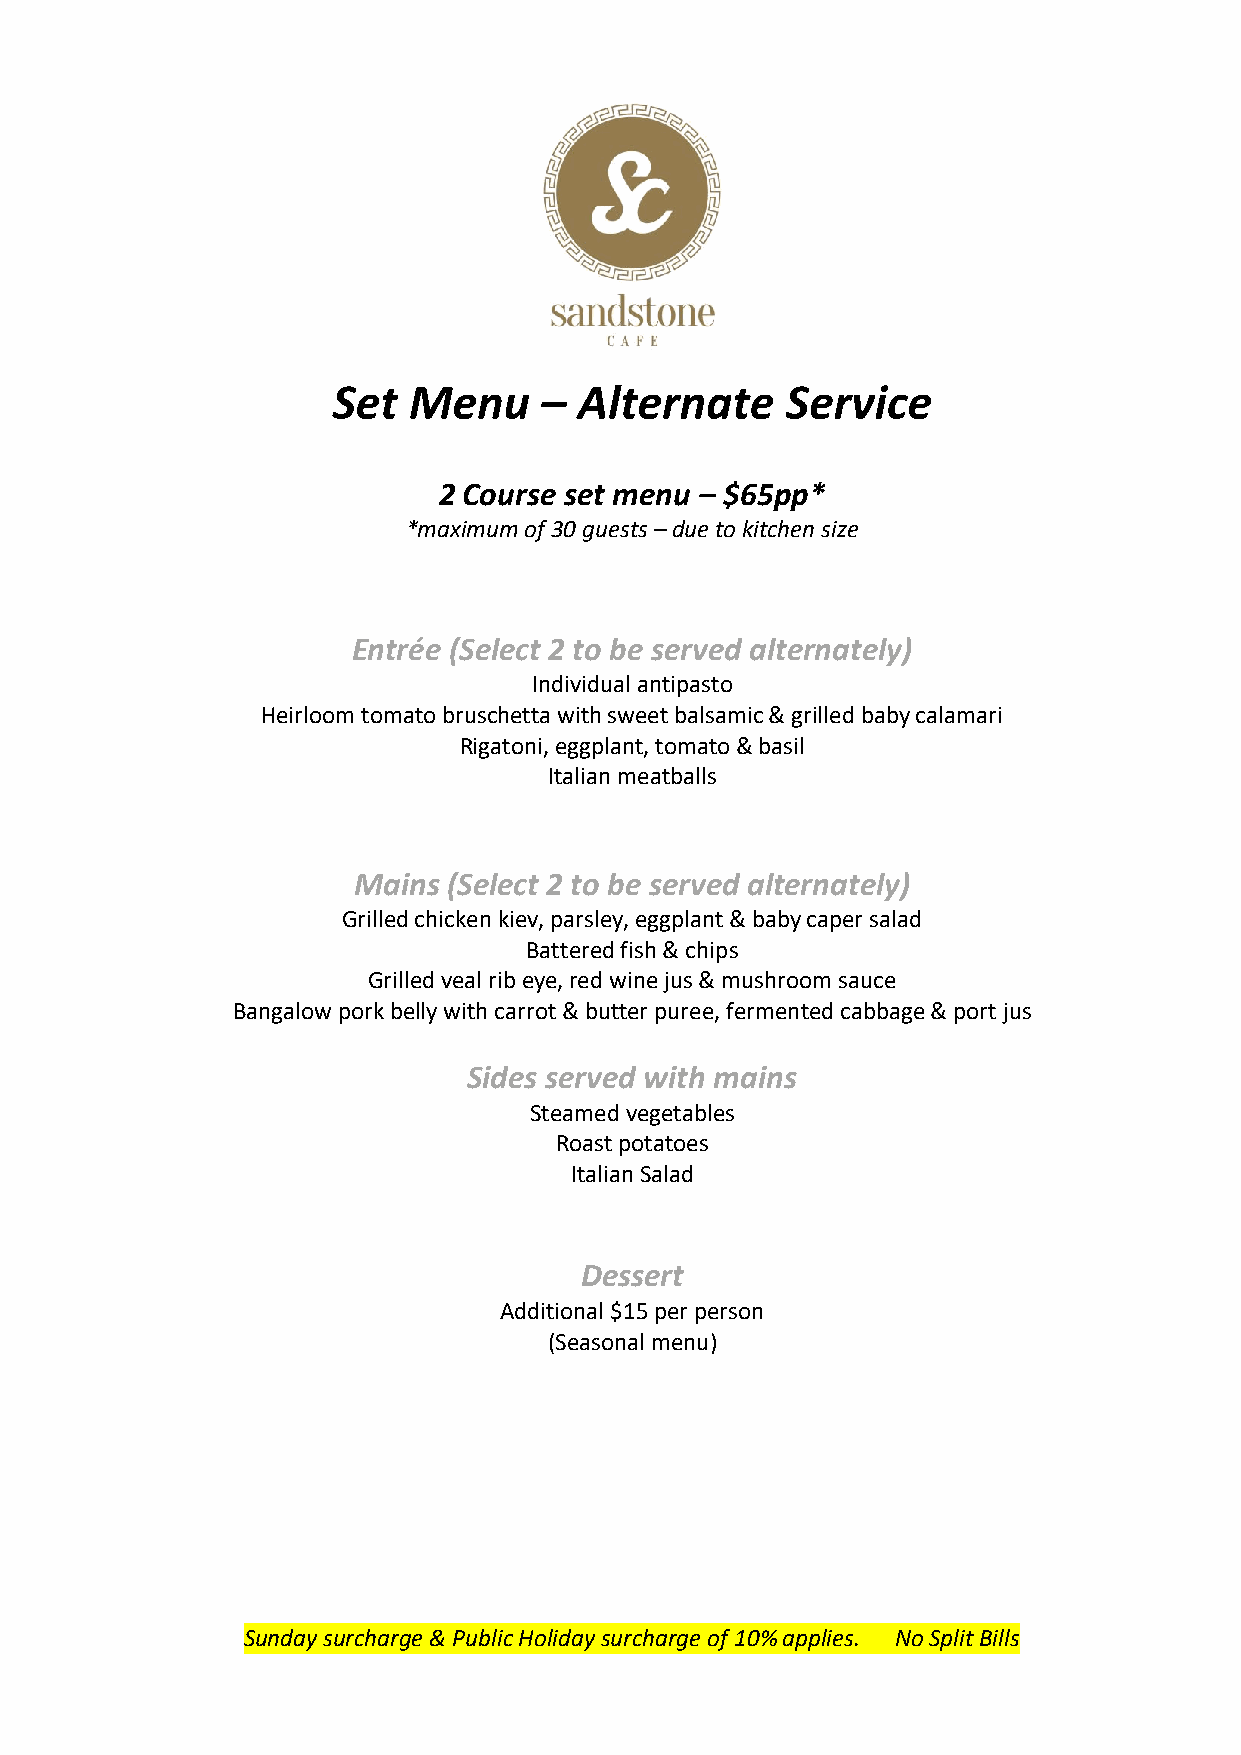
Set  Menu     – Alternate     Service
 2 Course set menu – $65pp*
 *maximum of 30 guests – due to kitchen size
 Entrée (Select 2 to be served alternately)
 Individual antipasto
 Heirloom tomato bruschetta with sweet balsamic & grilled baby calamari
 Rigatoni, eggplant, tomato & basil
 Italian meatballs
 Mains  (Select 2 to be served alternately)
 Grilled chicken kiev, parsley, eggplant & baby caper salad
 Battered fish & chips
 Grilled veal rib eye, red wine jus & mushroom sauce
 Bangalow pork belly with carrot & butter puree, fermented cabbage & port jus
 Sides served with mains
 Steamed vegetables
 Roast potatoes
 Italian Salad
 Dessert
 Additional $15 per person
 (Seasonal menu)
 Sunday surcharge & Public Holiday surcharge of 10% applies. No Split Bills